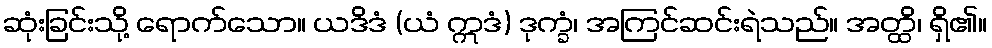
ဆုံးခြင်းသို့ ရောက်သော။ ယဒိဒံ (ယံ ဣဒံ) ဒုက္ခံ၊ အကြင်ဆင်းရဲသည်။ အတ္ထိ၊ ရှိ၏။